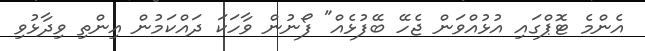
އެންމެ ޓޮޕްގައި އުޅުއްވަން ޖެހޭ ބޭފުޅެއް" ފޯނުން ވާހަކަ ދައްކަމުން އިންތި ވިދާޅުވި